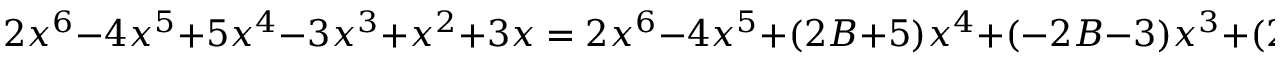
2 x ^ { 6 } - 4 x ^ { 5 } + 5 x ^ { 4 } - 3 x ^ { 3 } + x ^ { 2 } + 3 x = 2 x ^ { 6 } - 4 x ^ { 5 } + ( 2 B + 5 ) x ^ { 4 } + ( - 2 B - 3 ) x ^ { 3 } + ( 2 B + 1 ) x ^ { 2 } + ( - 2 B + 3 ) x